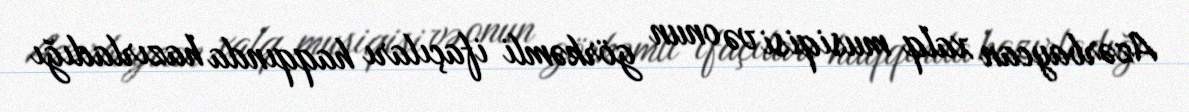
Azərbaycan xalq musiqisi və onun görkəmli ifaçıları haqqında hazırladığı